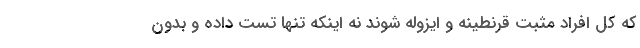
که کل افراد مثبت قرنطینه و ایزوله شوند نه اینکه تنها تست داده و بدون